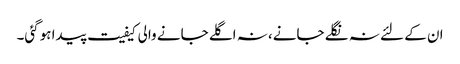
ان کے لئے نہ نگلے جانے، نہ اگلے جانے والی کیفیت پیدا ہوگئی۔